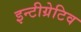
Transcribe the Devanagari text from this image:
इन्टीग्रेटिव